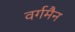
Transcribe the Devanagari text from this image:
वर्गमैन